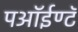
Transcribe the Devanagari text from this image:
पऑईण्टॅ